Eesti_Toorahva_Kommuun, lk 36
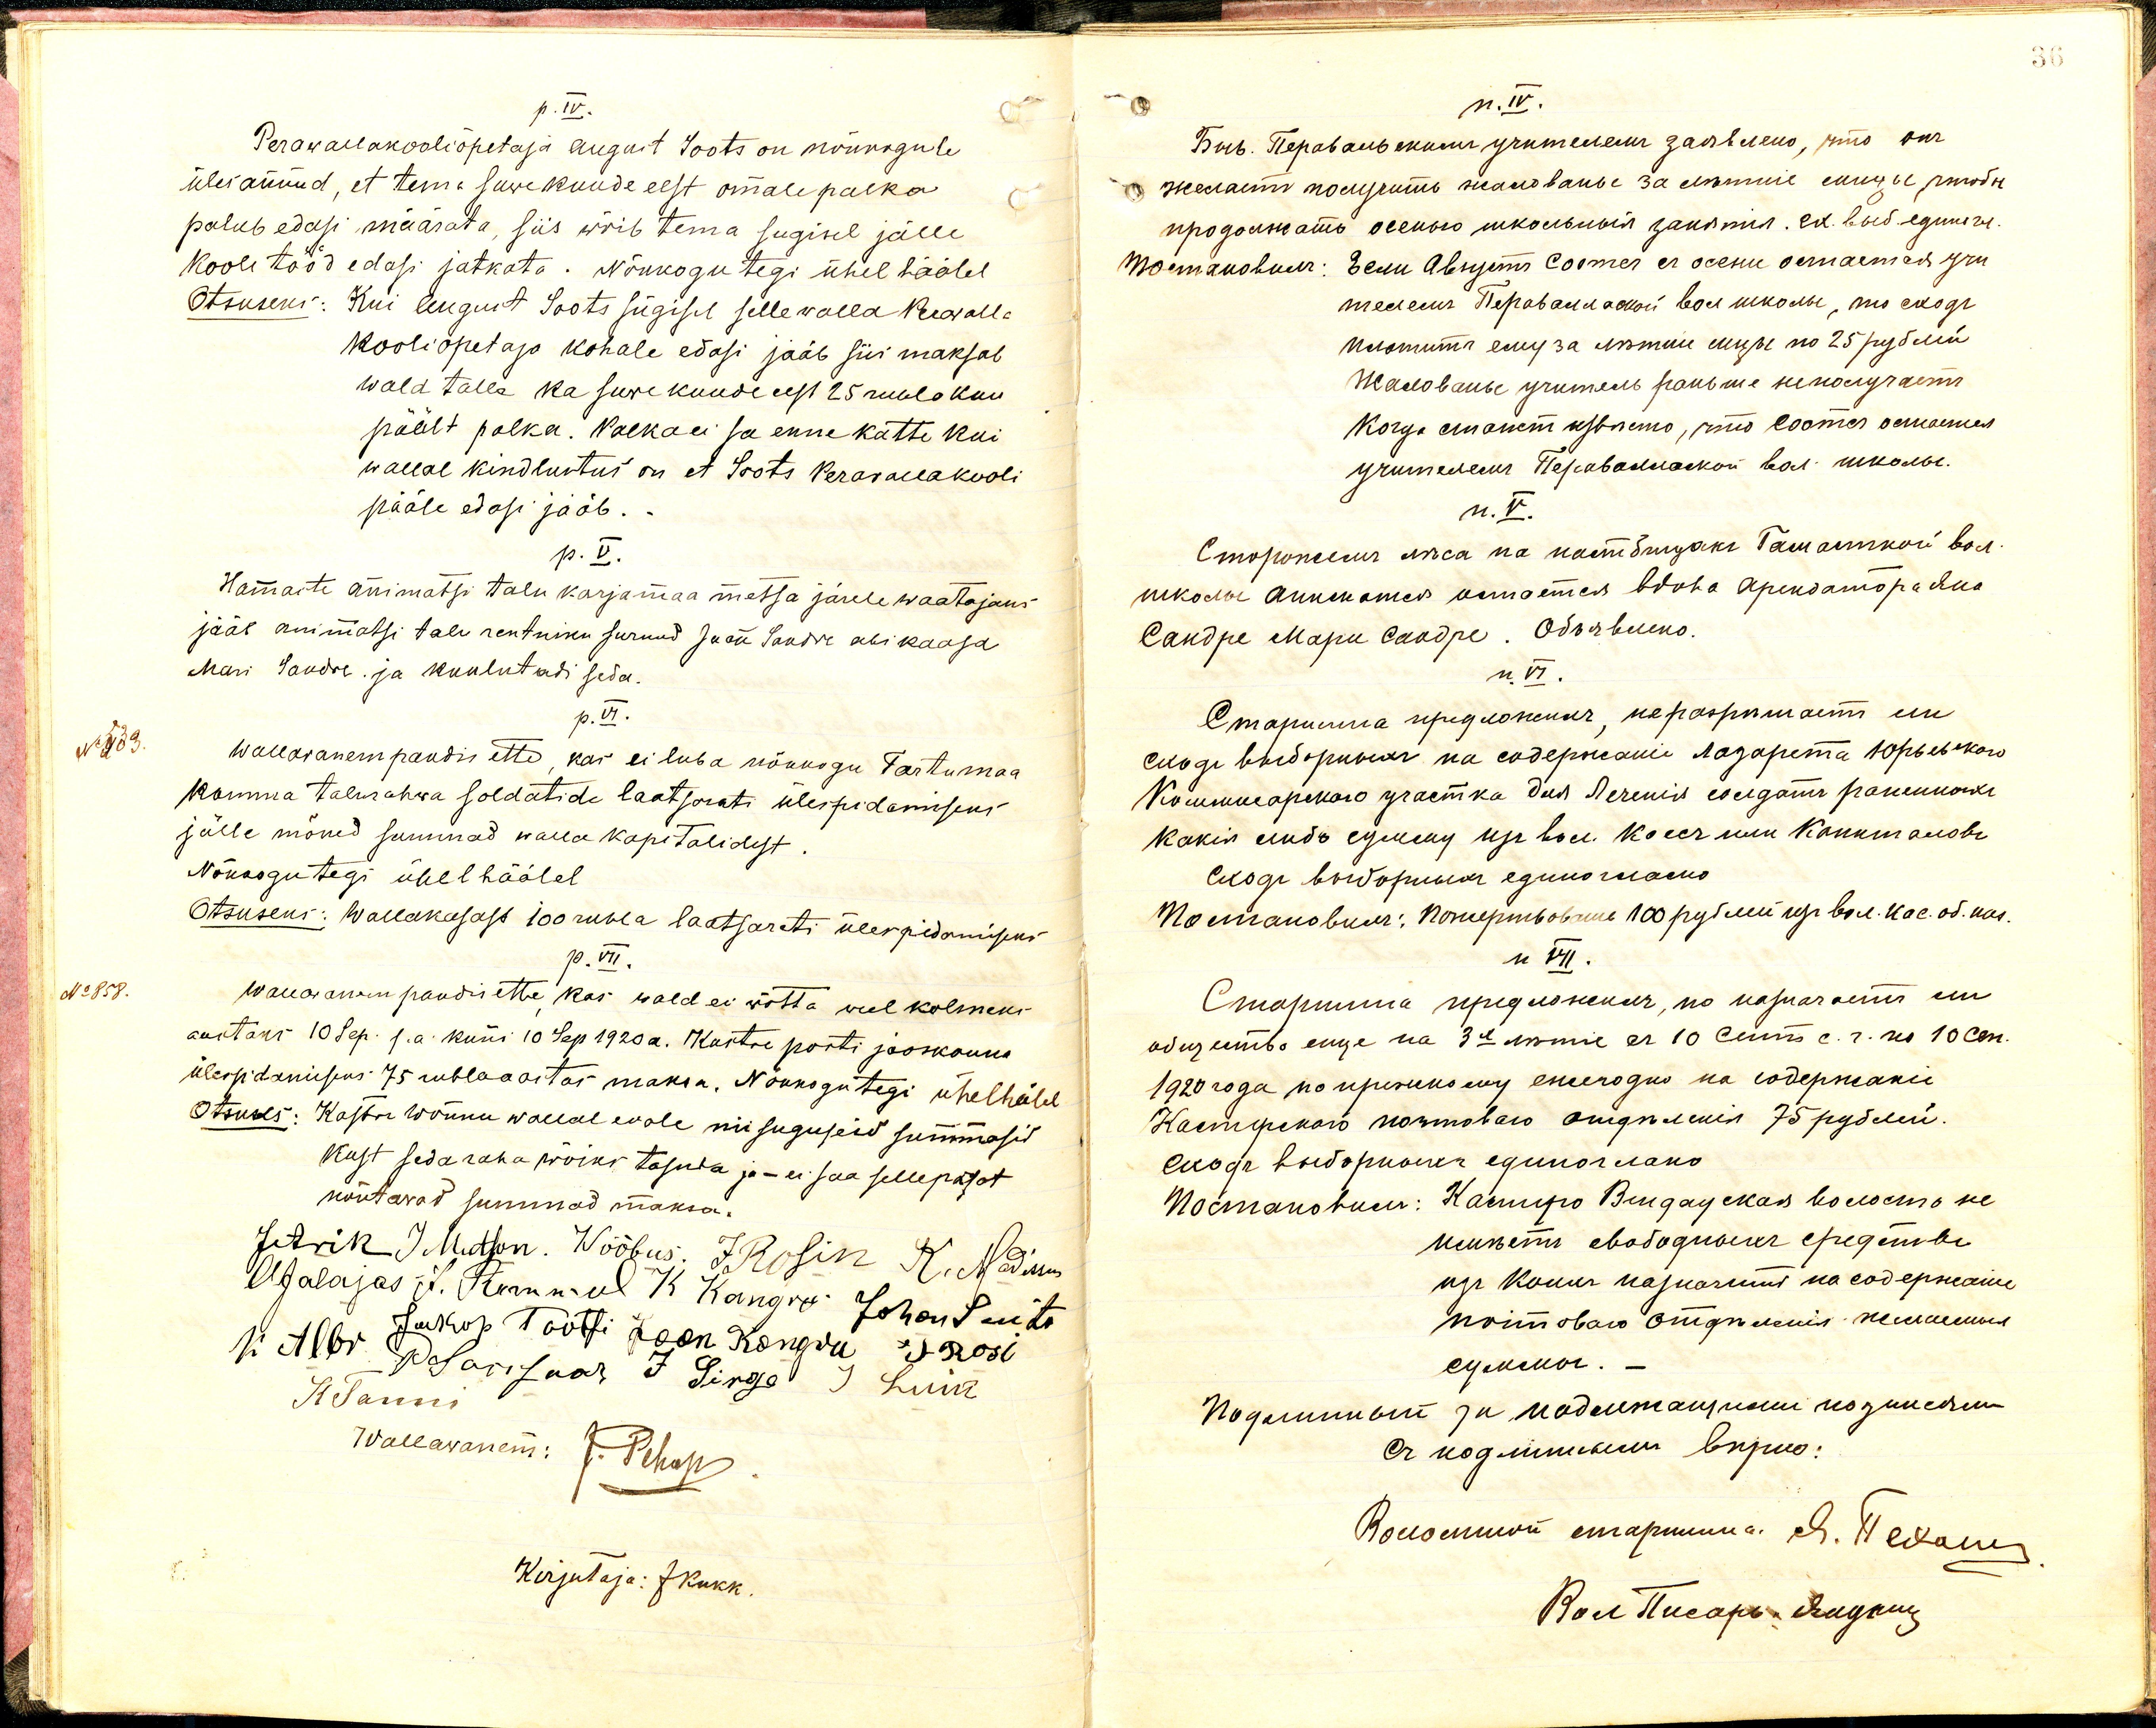
p. IV.
Perawallakooliõpetaja August Soots on nõukogule
ülesannud, et tema suwekuude eest omale palka
palub edasi määrata, siis wõib tema sugisel jälle
kooli tööd edasi jätkata. Nõukogu tegi ühel häälel
Otsuseks: Kui August Soots sügisel selle walla Perawalla
kooliõpetaja kohale edasi jääb siis maksab
wald talle ka suwe kuude eest 25 rubla kuu
päält palka. Palka ei sa enne kätte kui
wallal kindlustus on et Soots Perawallakooli
pääle edasi jääb.
p. V.
Hamaste Animatsi talu karjamaa metsa järele waatajaks
jääb Animatsi talu rentniku surnud Jaan Saadre abikaasa
Mari Sandre ja kuulutadi seda
p. VI.
Wallawanem pandis ette, kas ei luba nõukogu Tartumaa
konna talurahwa soldatide laatsareti ülespidamiseks
jälle mõned summad walla kapitalidest
Nõukogu tegi ühel häälel
Otsuseks: Wallakasast 100 rubla laatsareti ülespidamiseks
p. VII.
No 858.
Wallawanem pandis ette kas wald ei wõtta weel kolmeks
aastaks 10 Sep. s.a. kuni 10 Sep 1920 a. Kastre posti jaoskonna
ülespidamiseks 75 rubla aastas maksa. Nõukogu tegi ühelhäälel
Otsuses: Kastre Wõnnu wallal ei ole nii suguseid summasid
kust seda raha wõiks tasuda ja - ei saa sellepärast
nõutawad summad maksa.
Jetrik J Matson. Wõõbus. JRosin K. Madisson
Uldalajas J.V. Stormul K. Kangro Johan Suits
ja Albr Jukop Töötsi Jaan Rongwu E.S Rosi
12 Ado pesarisaar J Sirge J Luik
K Samm.
Wallawanem: J. Pehap
Kirjutaja: JKukk.